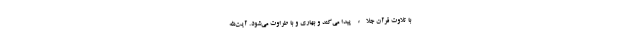
با تلاوت قرآن جلاء پیدا می‌کند و بهاری و با طراوت می‌شود. آیت‌الله